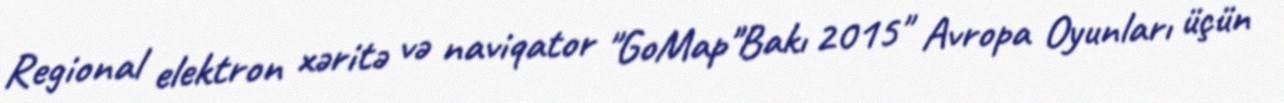
Regional elektron xəritə və naviqator "GoMap"Bakı 2015" Avropa Oyunları üçün